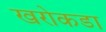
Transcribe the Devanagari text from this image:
खरोकडा